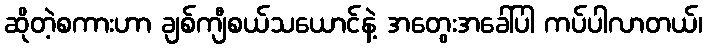
ဆိုတဲ့စကားဟာ ချစ်ကျီစယ်သယောင်နဲ့ အတွေးအခေါ်ပါ ကပ်ပါလာတယ်၊